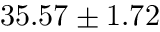
3 5 . 5 7 \pm 1 . 7 2